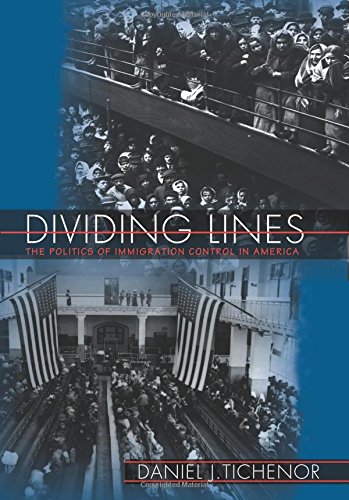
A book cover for Dividing Lines: The Politics of Immigration Control in America (Princeton Studies in American Politics: Historical, International, and Comparative Perspectives); Daniel J. Tichenor; Politics & Social Sciences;